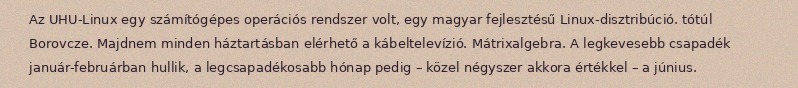
Az UHU-Linux egy számítógépes operációs rendszer volt, egy magyar fejlesztésű Linux-disztribúció. tótúl Borovcze. Majdnem minden háztartásban elérhető a kábeltelevízió. Mátrixalgebra. A legkevesebb csapadék január-februárban hullik, a legcsapadékosabb hónap pedig – közel négyszer akkora értékkel – a június.